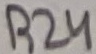
Text: R24